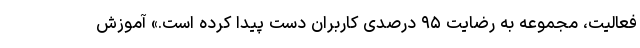
فعالیت، مجموعه به رضایت ۹۵ درصدی کاربران دست پیدا کرده است.» آموزش